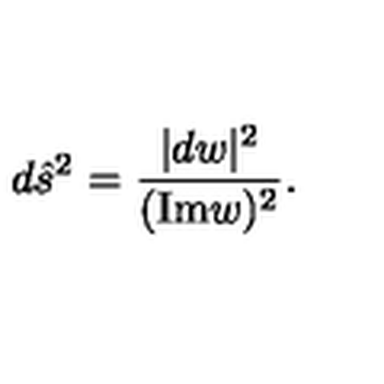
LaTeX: d { \hat { s } } ^ { 2 } = { \frac { | d w | ^ { 2 } } { ( \mathrm { I m } w ) ^ { 2 } } } .